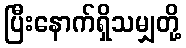
ပြီးနောက်ရှိသမျှတို့